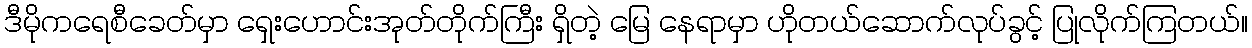
ဒီမိုကရေစီခေတ်မှာ ရှေးဟောင်းအုတ်တိုက်ကြီး ရှိတဲ့ မြေ နေရာမှာ ဟိုတယ်ဆောက်လုပ်ခွင့် ပြုလိုက်ကြတယ်။